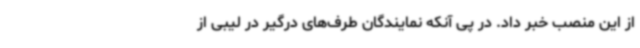
از این منصب خبر داد. در پی آنکه نمایندگان طرف‌های درگیر در لیبی از